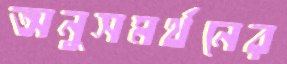
অনুসমর্থনের